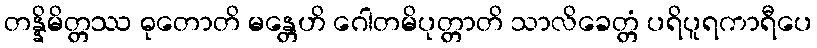
တန္နိမိတ္တဿ ဓုတောတိ မန္တေဟိ ဂေါတမိပုတ္တာတိ သာလိခေတ္တံ ပရိပူရကာရီပေ